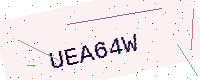
Text: UEA64W